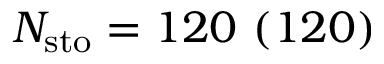
N _ { \mathrm { s t o } } = 1 2 0 \ ( 1 2 0 )